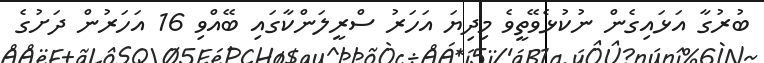
ބުރުގާ އަޅައިގެން ނުކުޅެވޭތީވެ މިދިޔަ އަހަރު ސްރީލަންކާގައި ބޭއްވި 16 އަހަރުން ދަށުގެ